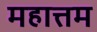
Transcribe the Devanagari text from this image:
महात्तम